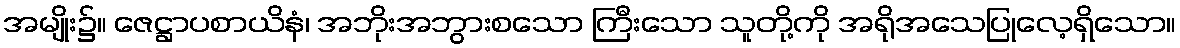
အမျိုး၌။ ဇေဋ္ဌာပစာယိနံ၊ အဘိုးအဘွားစသော ကြီးသော သူတို့ကို အရိုအသေပြုလေ့ရှိသော။